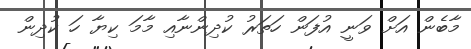
މާބެން އަށް ވަނީ އުފަން ހަތަރު ކުދިންނާއި މާމަ ކިޔާ ހަ ކުދިން